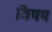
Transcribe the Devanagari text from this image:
विषष